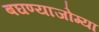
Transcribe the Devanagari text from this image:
बघण्याजोग्या